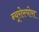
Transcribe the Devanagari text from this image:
न्यूरोस्पोरा